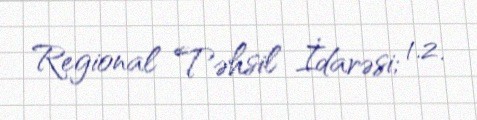
Regional Təhsil İdarəsi; 1.2.